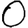
Digit: 0